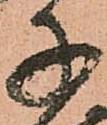
子